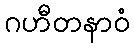
ဂဟီတနာဝံ